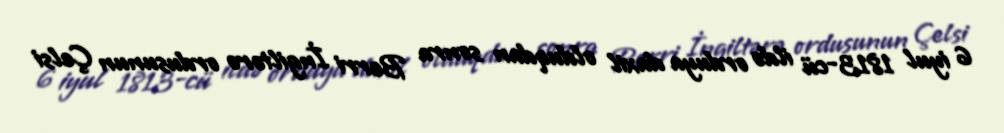
6 iyul 1813-cü ildə orduya daxil olduqdan sonra Berri İngiltərə ordusunun Çelsi